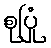
စုပြုံ